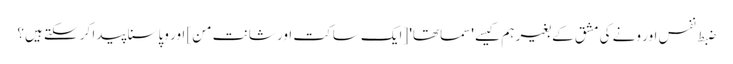
ضبط نفس اور ونے کی مشق کے بغیر ہم کیسے 'سماتھا' [ایک ساکت اور شانت من] اور وپاسنا پیدا کر سکتے ہیں؟